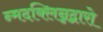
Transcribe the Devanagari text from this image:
न्मदक्लिन्नद्वारो